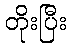
တိုးပြီး